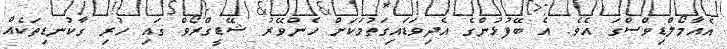
އެއާމޯލްޑިވްސްގަ އެވެ. އެ ބޭފުޅުންގެ އެދިވަޑައިގަތުމަކަށް ހެންވޭރު ޝޭޑީގްރޯވް ގައި ހުރި ގާކުނޑިތަކެއް